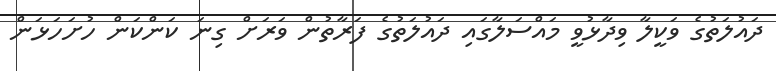
ދައުލަތުގެ ވަކީލާ ވިދާޅުވީ މައްސަލާގައި ދައުލަތުގެ ފަރާތުން ވަރަށް ގިނަ ކަންކަން ހުށަހަޅަން